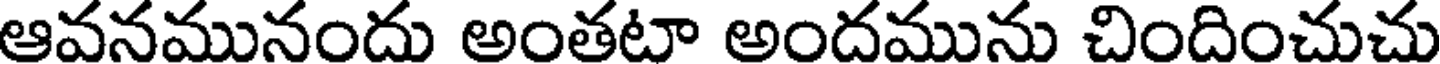
ఆవనమునందు అంతటా అందమును చిందించుచు